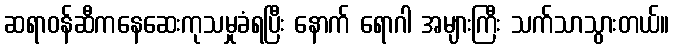
ဆရာဝန်ဆီကနေဆေးကုသမှုခံရပြီး နောက် ရောဂါ အများကြီး သက်သာသွားတယ်။